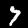
Digit: 7